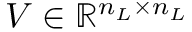
V \in \mathbb { R } ^ { n _ { L } \times n _ { L } }